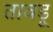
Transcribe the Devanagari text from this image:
तावड़ू